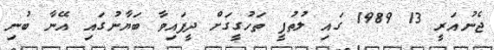
ޖެނުއަރީ 13 1989 ގައި ލުތުފީ ތަހުގީގަށް ދީފައިވާ ބަޔާނުގައި އޭނާ ބުނި